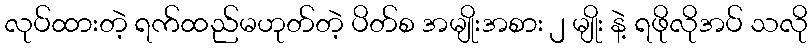
လုပ်ထားတဲ့ ရက်ထည်မဟုတ်တဲ့ ပိတ်စ အမျိုးအစား ၂ မျိုး နဲ့ ရဖိုလိုအပ် သလို